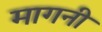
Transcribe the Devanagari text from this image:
मागनी